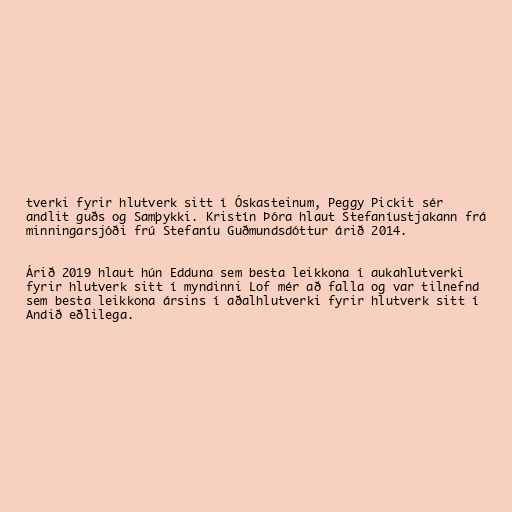
tverki fyrir hlutverk sitt í Óskasteinum, Peggy Pickit sér
andlit guðs og Samþykki. Kristín Þóra hlaut Stefaníustjakann frá
minningarsjóði frú Stefaníu Guðmundsdóttur árið 2014.

Árið 2019 hlaut hún Edduna sem besta leikkona í aukahlutverki
fyrir hlutverk sitt í myndinni Lof mér að falla og var tilnefnd
sem besta leikkona ársins í aðalhlutverki fyrir hlutverk sitt í
Andið eðlilega.